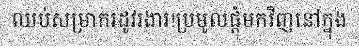
ឈប់សម្រាករដូវរងារ!ប្រមូលផ្តុំមកវិញនៅក្នុង